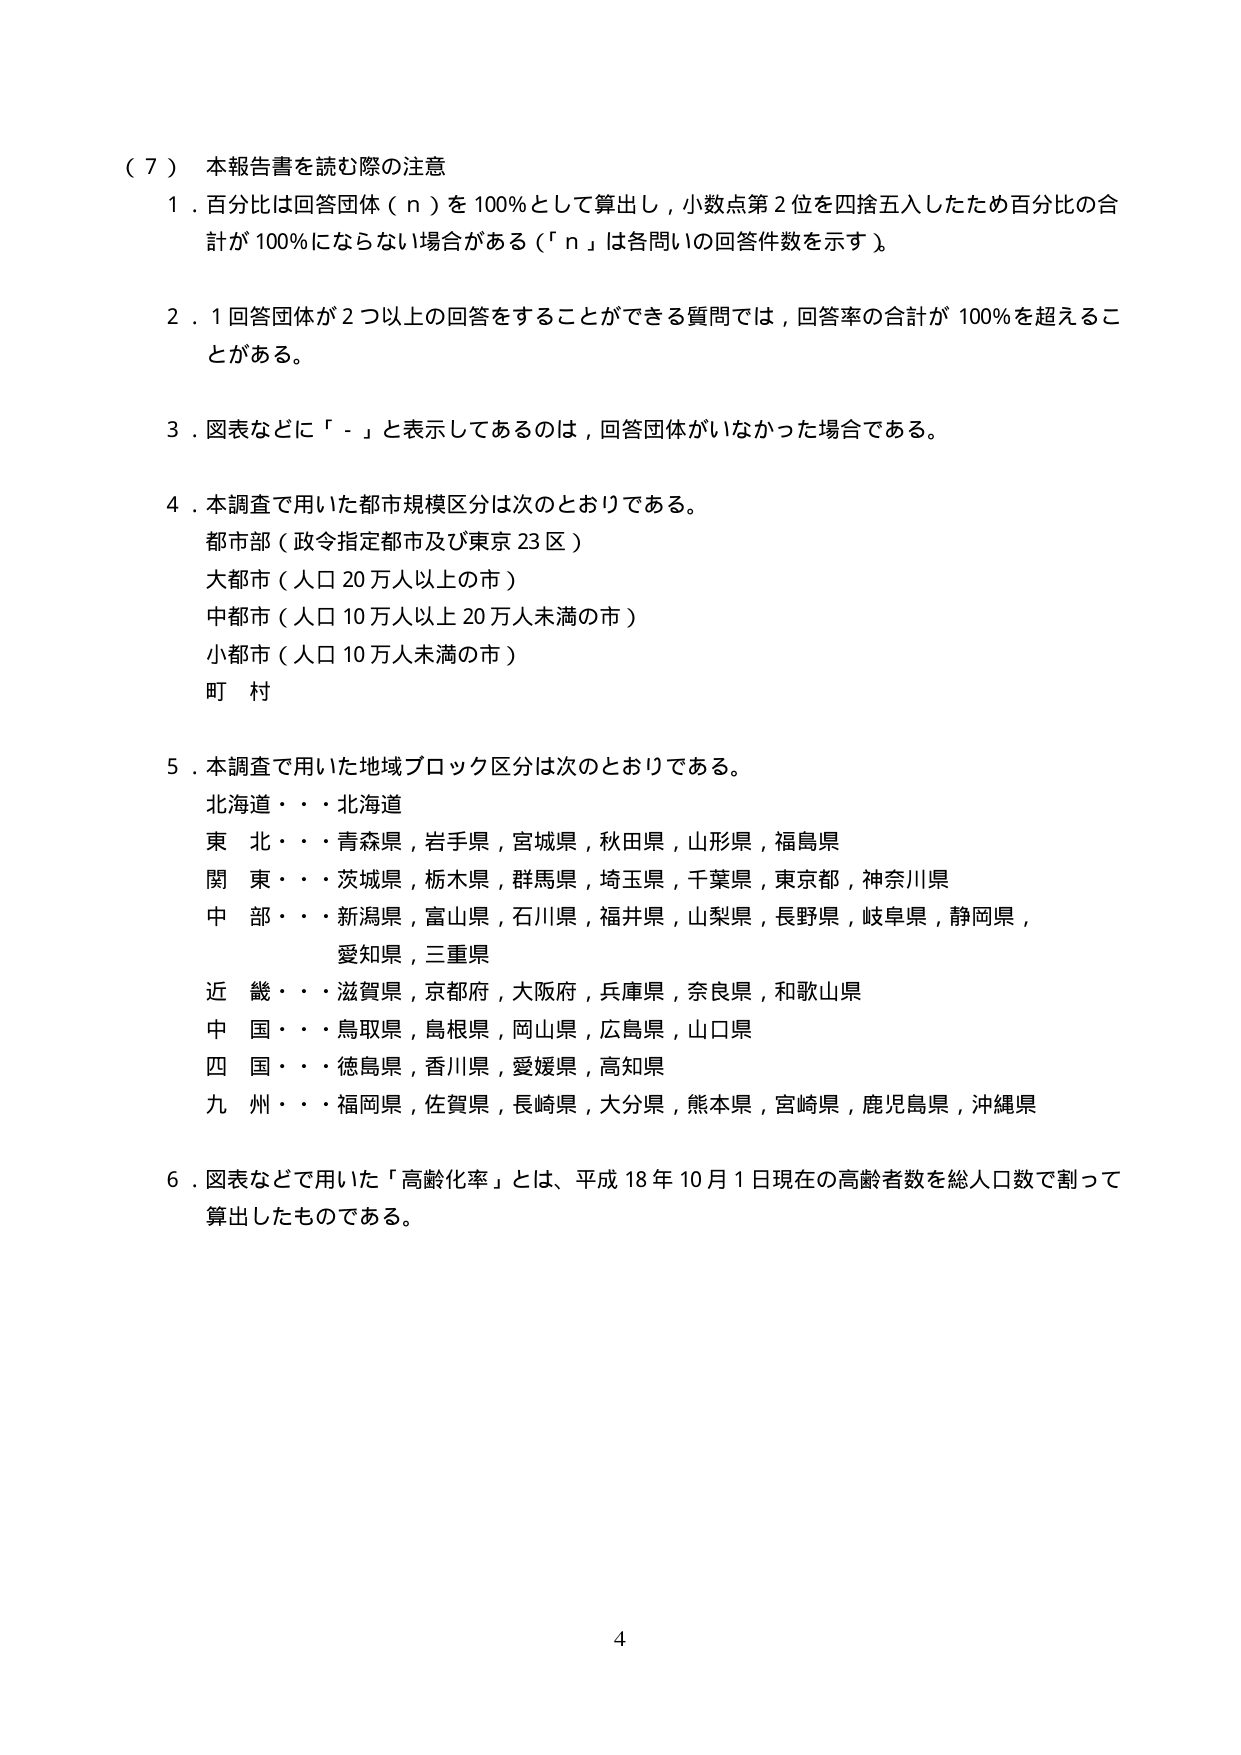
（７）本報告書を読む際の注意
１．百分比は回答団体（ｎ）を100％として算出し，小数点第2位を四捨五入したため百分比の合計が100％にならない場合がある（「ｎ」は各問いの回答件数を示す）。
２．1回答団体が2つ以上の回答をすることができる質問では，回答率の合計が100％を超えることがある。
３．図表などに「－」と表示してあるのは，回答団体がいなかった場合である。
４．本調査で用いた都市規模区分は次のとおりである。
　都市部（政令指定都市及び東京23区）
　大都市（人口20万人以上の市）
　中都市（人口10万人以上20万人未満の市）
　小都市（人口10万人未満の市）
　町　村
５．本調査で用いた地域ブロック区分は次のとおりである。
　北海道・・・北海道
　東　北・・・青森県，岩手県，宮城県，秋田県，山形県，福島県
　関　東・・・茨城県，栃木県，群馬県，埼玉県，千葉県，東京都，神奈川県
　中　部・・・新潟県，富山県，石川県，福井県，山梨県，長野県，岐阜県，静岡県，
　　　　　　愛知県，三重県
　近　畿・・・滋賀県，京都府，大阪府，兵庫県，奈良県，和歌山県
　中　国・・・鳥取県，島根県，岡山県，広島県，山口県
　四　国・・・徳島県，香川県，愛媛県，高知県
　九　州・・・福岡県，佐賀県，長崎県，大分県，熊本県，宮崎県，鹿児島県，沖縄県
６．図表などで用いた「高齢化率」とは，平成18年10月1日現在の高齢者数を総人口数で割って算出したものである。
4